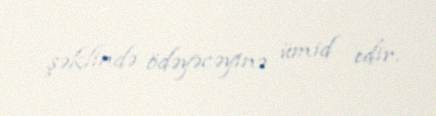
şəklində ödəyəcəyinə ümid edir.